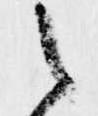
之